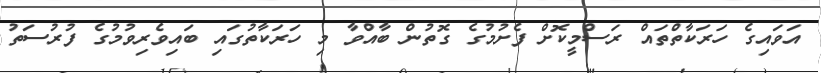
އަވައިގެ ހަރަކާތްތައް ރަސްމީކޮށް ފެށުމުގެ ގޮތުން ބާއްވާ މި ހަރަކާތުގައި ބައިވެރިވުމުގެ ފުރުސަތު